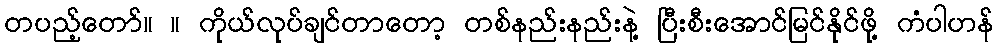
တပည့်တော်။ ။ ကိုယ်လုပ်ချင်တာတော့ တစ်နည်းနည်းနဲ့ ပြီးစီးအောင်မြင်နိုင်ဖို့ ကံပါဟန်